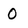
Character: 0